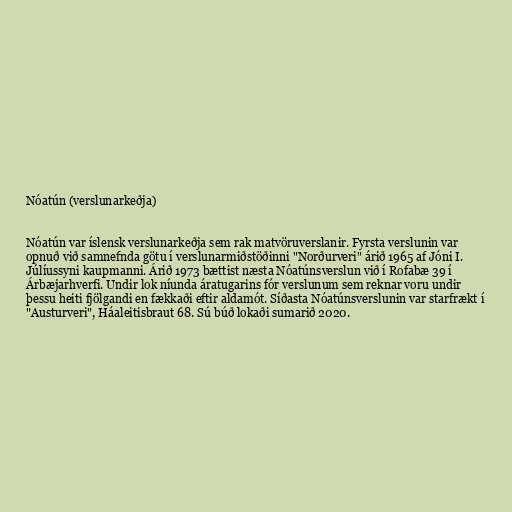
Nóatún (verslunarkeðja)

Nóatún var íslensk verslunarkeðja sem rak matvöruverslanir. Fyrsta verslunin var
opnuð við samnefnda götu í verslunarmiðstöðinni "Norðurveri" árið 1965 af Jóni I.
Júlíussyni kaupmanni. Árið 1973 bættist næsta Nóatúnsverslun við í Rofabæ 39 í
Árbæjarhverfi. Undir lok níunda áratugarins fór verslunum sem reknar voru undir
þessu heiti fjölgandi en fækkaði eftir aldamót. Síðasta Nóatúnsverslunin var starfrækt í
"Austurveri", Háaleitisbraut 68. Sú búð lokaði sumarið 2020.